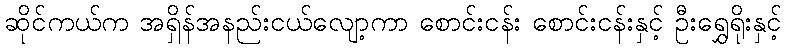
ဆိုင်ကယ်က အရှိန်အနည်းငယ်လျော့ကာ စောင်းငန်း စောင်းငန်းနှင့် ဦးရွှေရိုးနှင့်